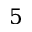
5